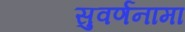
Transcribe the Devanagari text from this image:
सुवर्णनामा